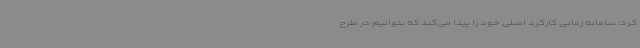
کرد: سامانه زمانی کارکرد اصلی خود را پیدا می‌کند که بتوانیم در طرح